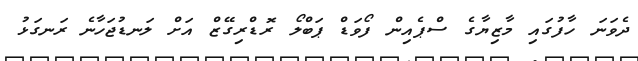
ދެވަނަ ހާފުގައި މާޒިޔާގެ ސްޕެއިން ފޯވަޑް ޕަބްލޯ ރޮޑްރިގޭޒް އަށް ލަނޑުޖަހާނެ ރަނގަޅު